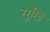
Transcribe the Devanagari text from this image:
सूछि